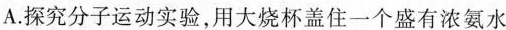
A.探究分子运动实验，用大烧杯盖住一个盛有浓氨水